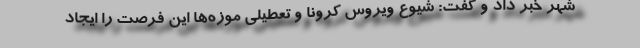
شهر خبر داد و گفت: شیوع ویروس کرونا و تعطیلی موزه‌ها این فرصت را ایجاد